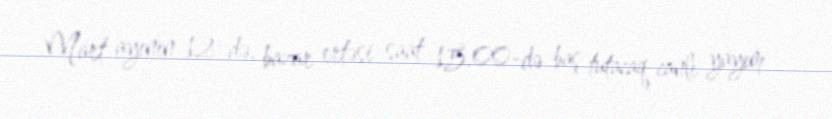
Mart ayının 12-də, bazar ertəsi saat 15.00-də baş tutacaq canlı yayım